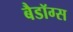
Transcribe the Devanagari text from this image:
बैडॉग्स